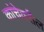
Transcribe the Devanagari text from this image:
कांचेवरील